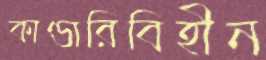
কাণ্ডারিবিহীন